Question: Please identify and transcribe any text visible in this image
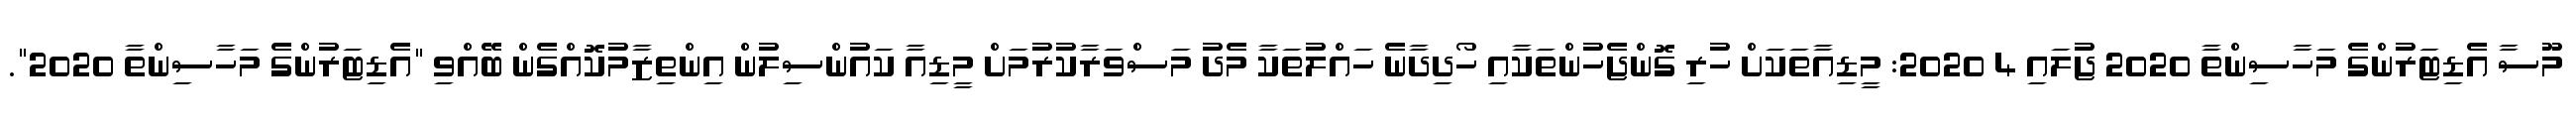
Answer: މޫސާ އެޑިޓަރުންގެ މަހާސިންތާ 2020 ޖުލައި 4 2020: މީޑިއާތަކަށް ހުރި ގޮންޖެހުންތަކާއި ހޯދިދާނެ ހައްލުތަކާ މެދު މަސްވަރާކުރުމަށް މީޑިއާ ކައުންސިލުން އިންތިޒާމުކޮއްގެން ބޭއްވި "އެޑިޓަރުންގެ މަހާސިންތާ 2020".